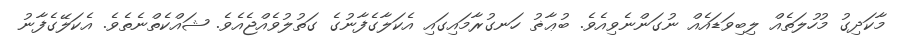
މާކަދިގު މުހުލަތެއް ލިބިވަޑައެއް ނުގަންނެވިއެވެ. ބުޢާޡު ހަނގުރާމައިގައި އެކަލާގެފާނުގެ ގަތުލުވެއްޖެއެވެ. ޝައްކެތްނެތެވެ. އެކަލޭގެފާނު